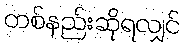
တစ်နည်းဆိုရလျှင်